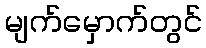
မျက်မှောက်တွင်